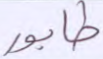
طابور